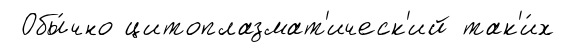
Обы́чно цитоплазмат'ическ'ий так'и́х